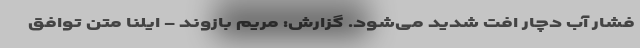
فشار آب دچار افت شدید می‌شود. گزارش: مریم بازوند - ایلنا متن توافق